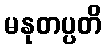
မနုတပ္ပတိ